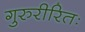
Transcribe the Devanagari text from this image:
गुरुरीरितः